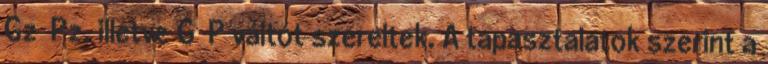
Gz Pz, illetve G P váltót szereltek. A tapasztalatok szerint a